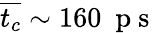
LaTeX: \overline{{t_{c}}}\sim 160~\mathrm{~p~s~}